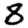
Digit: 8